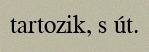
tartozik, s út.